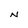
Character: N